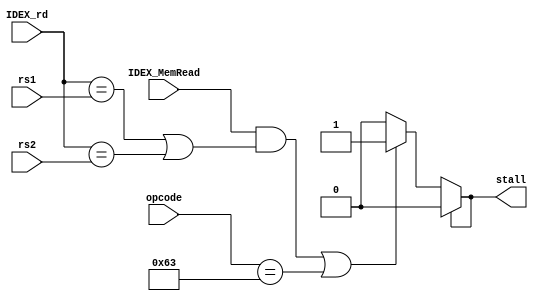
`timescale 1ns / 1ps

module hazard_detection_unit(
    input [4:0] rs1,
    input [4:0] rs2,
    input [4:0] IDEX_rd,
    input IDEX_MemRead,
    input [6:0] opcode,
    output reg stall
    );
    initial
        begin
          stall = 1'b0;
        end
  
    always @(*)
        begin
          if (stall)
            stall = 1'b0;
          else if ((IDEX_MemRead == 1'b1 && ((IDEX_rd == rs1) || (IDEX_rd == rs2))) || opcode == 7'b1100011)
            stall = 1'b1;
          else
            stall = 1'b0;
        end
endmodule